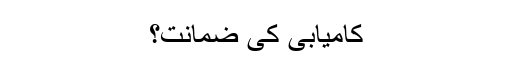
کامیابی کی ضمانت؟